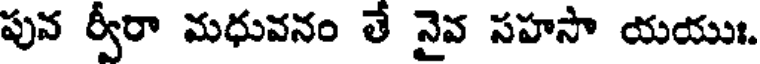
పువ ర్వీరా మధువనం తే నైవ సహసా యయుః.